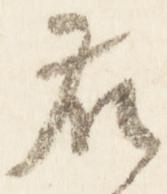
藤